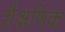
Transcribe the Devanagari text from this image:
शै़क्षणिक